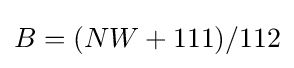
B=(NW+111)/112